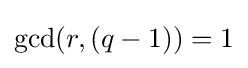
\operatorname {gcd} (r,(q-1))=1